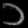
Digit: ၁